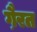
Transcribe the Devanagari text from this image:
गै़रत